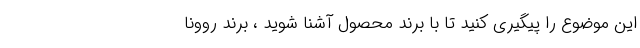
این موضوع را پیگیری کنید تا با برند محصول آشنا شوید ، برند روونا